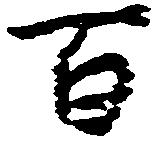
百